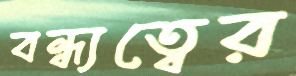
বন্ধ্যত্বের